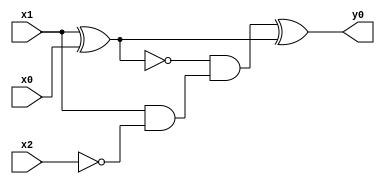
module top( x0 , x1 , x2 , y0 );
  input x0 , x1 , x2 ;
  output y0 ;
  wire n4 , n5 , n6 , n7 ;
  assign n4 = x1 ^ x0 ;
  assign n5 = x1 & ~x2 ;
  assign n6 = ~n4 & n5 ;
  assign n7 = n6 ^ n4 ;
  assign y0 = n7 ;
endmodule